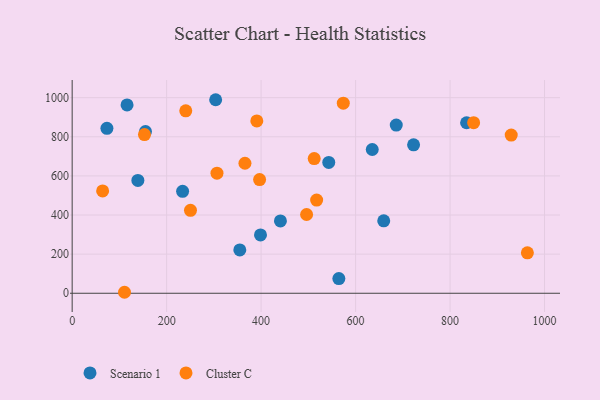
{"axis": {"x": "Distance", "y": "Sales"}, "legend": ["Cluster C", "Scenario 1"], "data": [{"x": "398.7", "y": 298.3, "type": "Scenario 1"}, {"x": "139.1", "y": 576.9, "type": "Scenario 1"}, {"x": "635.3", "y": 735.0, "type": "Scenario 1"}, {"x": "722.8", "y": 759.1, "type": "Scenario 1"}, {"x": "543.2", "y": 668.9, "type": "Scenario 1"}, {"x": "440.9", "y": 369.6, "type": "Scenario 1"}, {"x": "686.1", "y": 859.8, "type": "Scenario 1"}, {"x": "155.2", "y": 826.7, "type": "Scenario 1"}, {"x": "659.6", "y": 370.1, "type": "Scenario 1"}, {"x": "354.9", "y": 221.3, "type": "Scenario 1"}, {"x": "73.6", "y": 843.5, "type": "Scenario 1"}, {"x": "835.0", "y": 871.7, "type": "Scenario 1"}, {"x": "233.8", "y": 521.2, "type": "Scenario 1"}, {"x": "303.8", "y": 989.5, "type": "Scenario 1"}, {"x": "116.2", "y": 963.1, "type": "Scenario 1"}, {"x": "564.6", "y": 74.9, "type": "Scenario 1"}, {"x": "963.7", "y": 206.6, "type": "Cluster C"}, {"x": "250.5", "y": 423.8, "type": "Cluster C"}, {"x": "574.0", "y": 971.8, "type": "Cluster C"}, {"x": "849.9", "y": 872.3, "type": "Cluster C"}, {"x": "929.5", "y": 809.0, "type": "Cluster C"}, {"x": "306.6", "y": 614.1, "type": "Cluster C"}, {"x": "517.6", "y": 476.2, "type": "Cluster C"}, {"x": "496.3", "y": 402.6, "type": "Cluster C"}, {"x": "396.8", "y": 581.2, "type": "Cluster C"}, {"x": "110.8", "y": 5.0, "type": "Cluster C"}, {"x": "365.8", "y": 664.7, "type": "Cluster C"}, {"x": "240.5", "y": 932.7, "type": "Cluster C"}, {"x": "64.5", "y": 523.4, "type": "Cluster C"}, {"x": "390.9", "y": 881.1, "type": "Cluster C"}, {"x": "512.4", "y": 688.7, "type": "Cluster C"}, {"x": "153.1", "y": 811.5, "type": "Cluster C"}]}